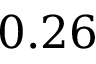
0 . 2 6